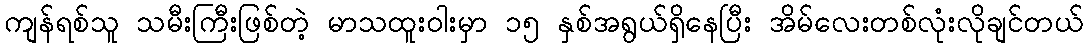
ကျန်ရစ်သူ သမီးကြီးဖြစ်တဲ့ မာသထူးဝါးမှာ ၁၅ နှစ်အရွယ်ရှိနေပြီး အိမ်လေးတစ်လုံးလိုချင်တယ်